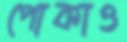
পোকাও